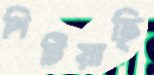
পিটিয়াছি